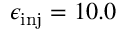
\epsilon _ { \mathrm { i n j } } = 1 0 . 0